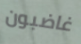
غاضبون